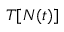
T [ N ( t ) ]